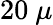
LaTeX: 20~\mu